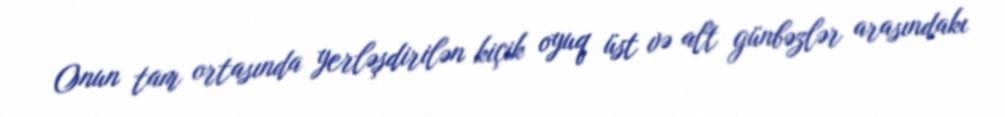
Onun tam ortasında yerləşdirilən kiçik oyuq üst və alt günbəzlər arasındakı